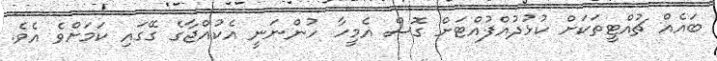
ބައެއް ޗުއްޓީތަކަށް ކުޅުދުއްފުއްޓަށް ގޮސް އެމީހާ ހުންނަނީ އެކުއްޖާގެ ގޭގައި ކަމަށްވެ އެވެ.